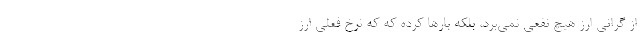
از گرانی ارز هیچ نفعی نمی‌برد، بلکه بارها کرده که که نرخ فعلی ارز